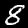
Label: 8